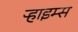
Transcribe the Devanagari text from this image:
ऱ्हाइम्स